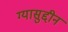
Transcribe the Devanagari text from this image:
ग्यासुद्दीन